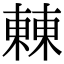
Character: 㯥